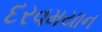
દરવમયાન